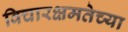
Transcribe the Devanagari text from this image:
विचारक्षमतेच्या